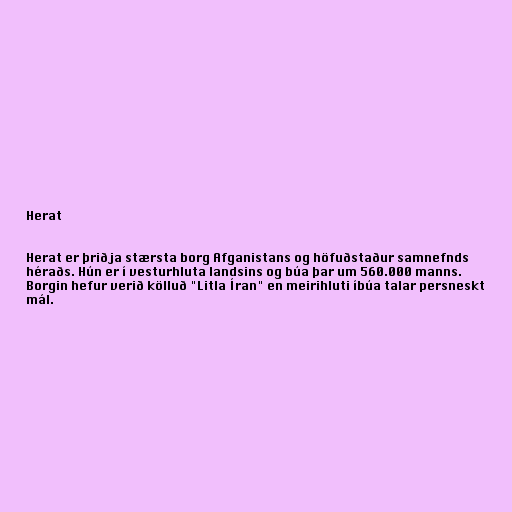
Herat

Herat er þriðja stærsta borg Afganistans og höfuðstaður samnefnds
héraðs. Hún er í vesturhluta landsins og búa þar um 560.000 manns.
Borgin hefur verið kölluð "Litla Íran" en meirihluti íbúa talar persneskt
mál.